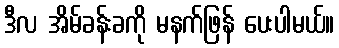
ဒီလ အိမ်ခန်းခကို မနက်ဖြန် ပေးပါမယ်။